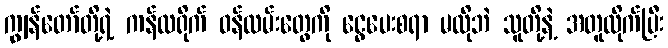
ကျွန်တော်တို့ရဲ့ ကန်ထရိုက် ဝန်ထမ်းတွေကို ငွေပေးစရာ မလိုဘဲ သူတို့နဲ့ အတူလိုက်ပြီး